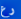
رع